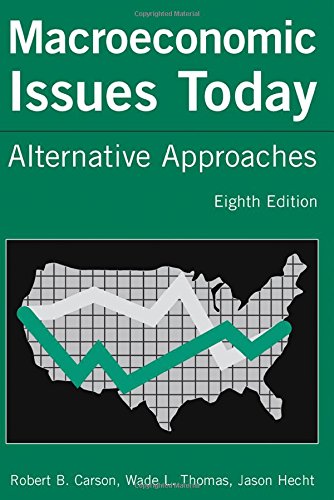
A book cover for Macroeconomic Issues Today: Alternative Approaches; Robert B. Carson; Business & Money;